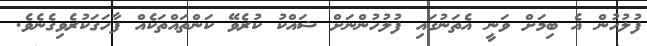
ފުލުހުން އެ ބިމަށް ވަނީ އެތަނުގައި ފުލުހުންނަށް ޝައްކު ކުރެވޭ ކަންތައްތަކެއް ފާހަގަކުރެވިގެނެވެ.